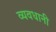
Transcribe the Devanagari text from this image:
व्यवधानी